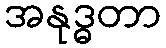
အနုဒ္ဓတာ